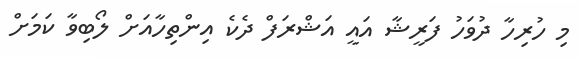
މި ހުރިހާ ދުވަހު ފަރީޝާ އައީ އަޝްރަފް ދެކެ އިންތިހާއަށް ލޯބިވާ ކަމަށް